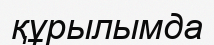
құрылымда